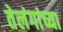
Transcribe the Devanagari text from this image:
तेलंगांच्या